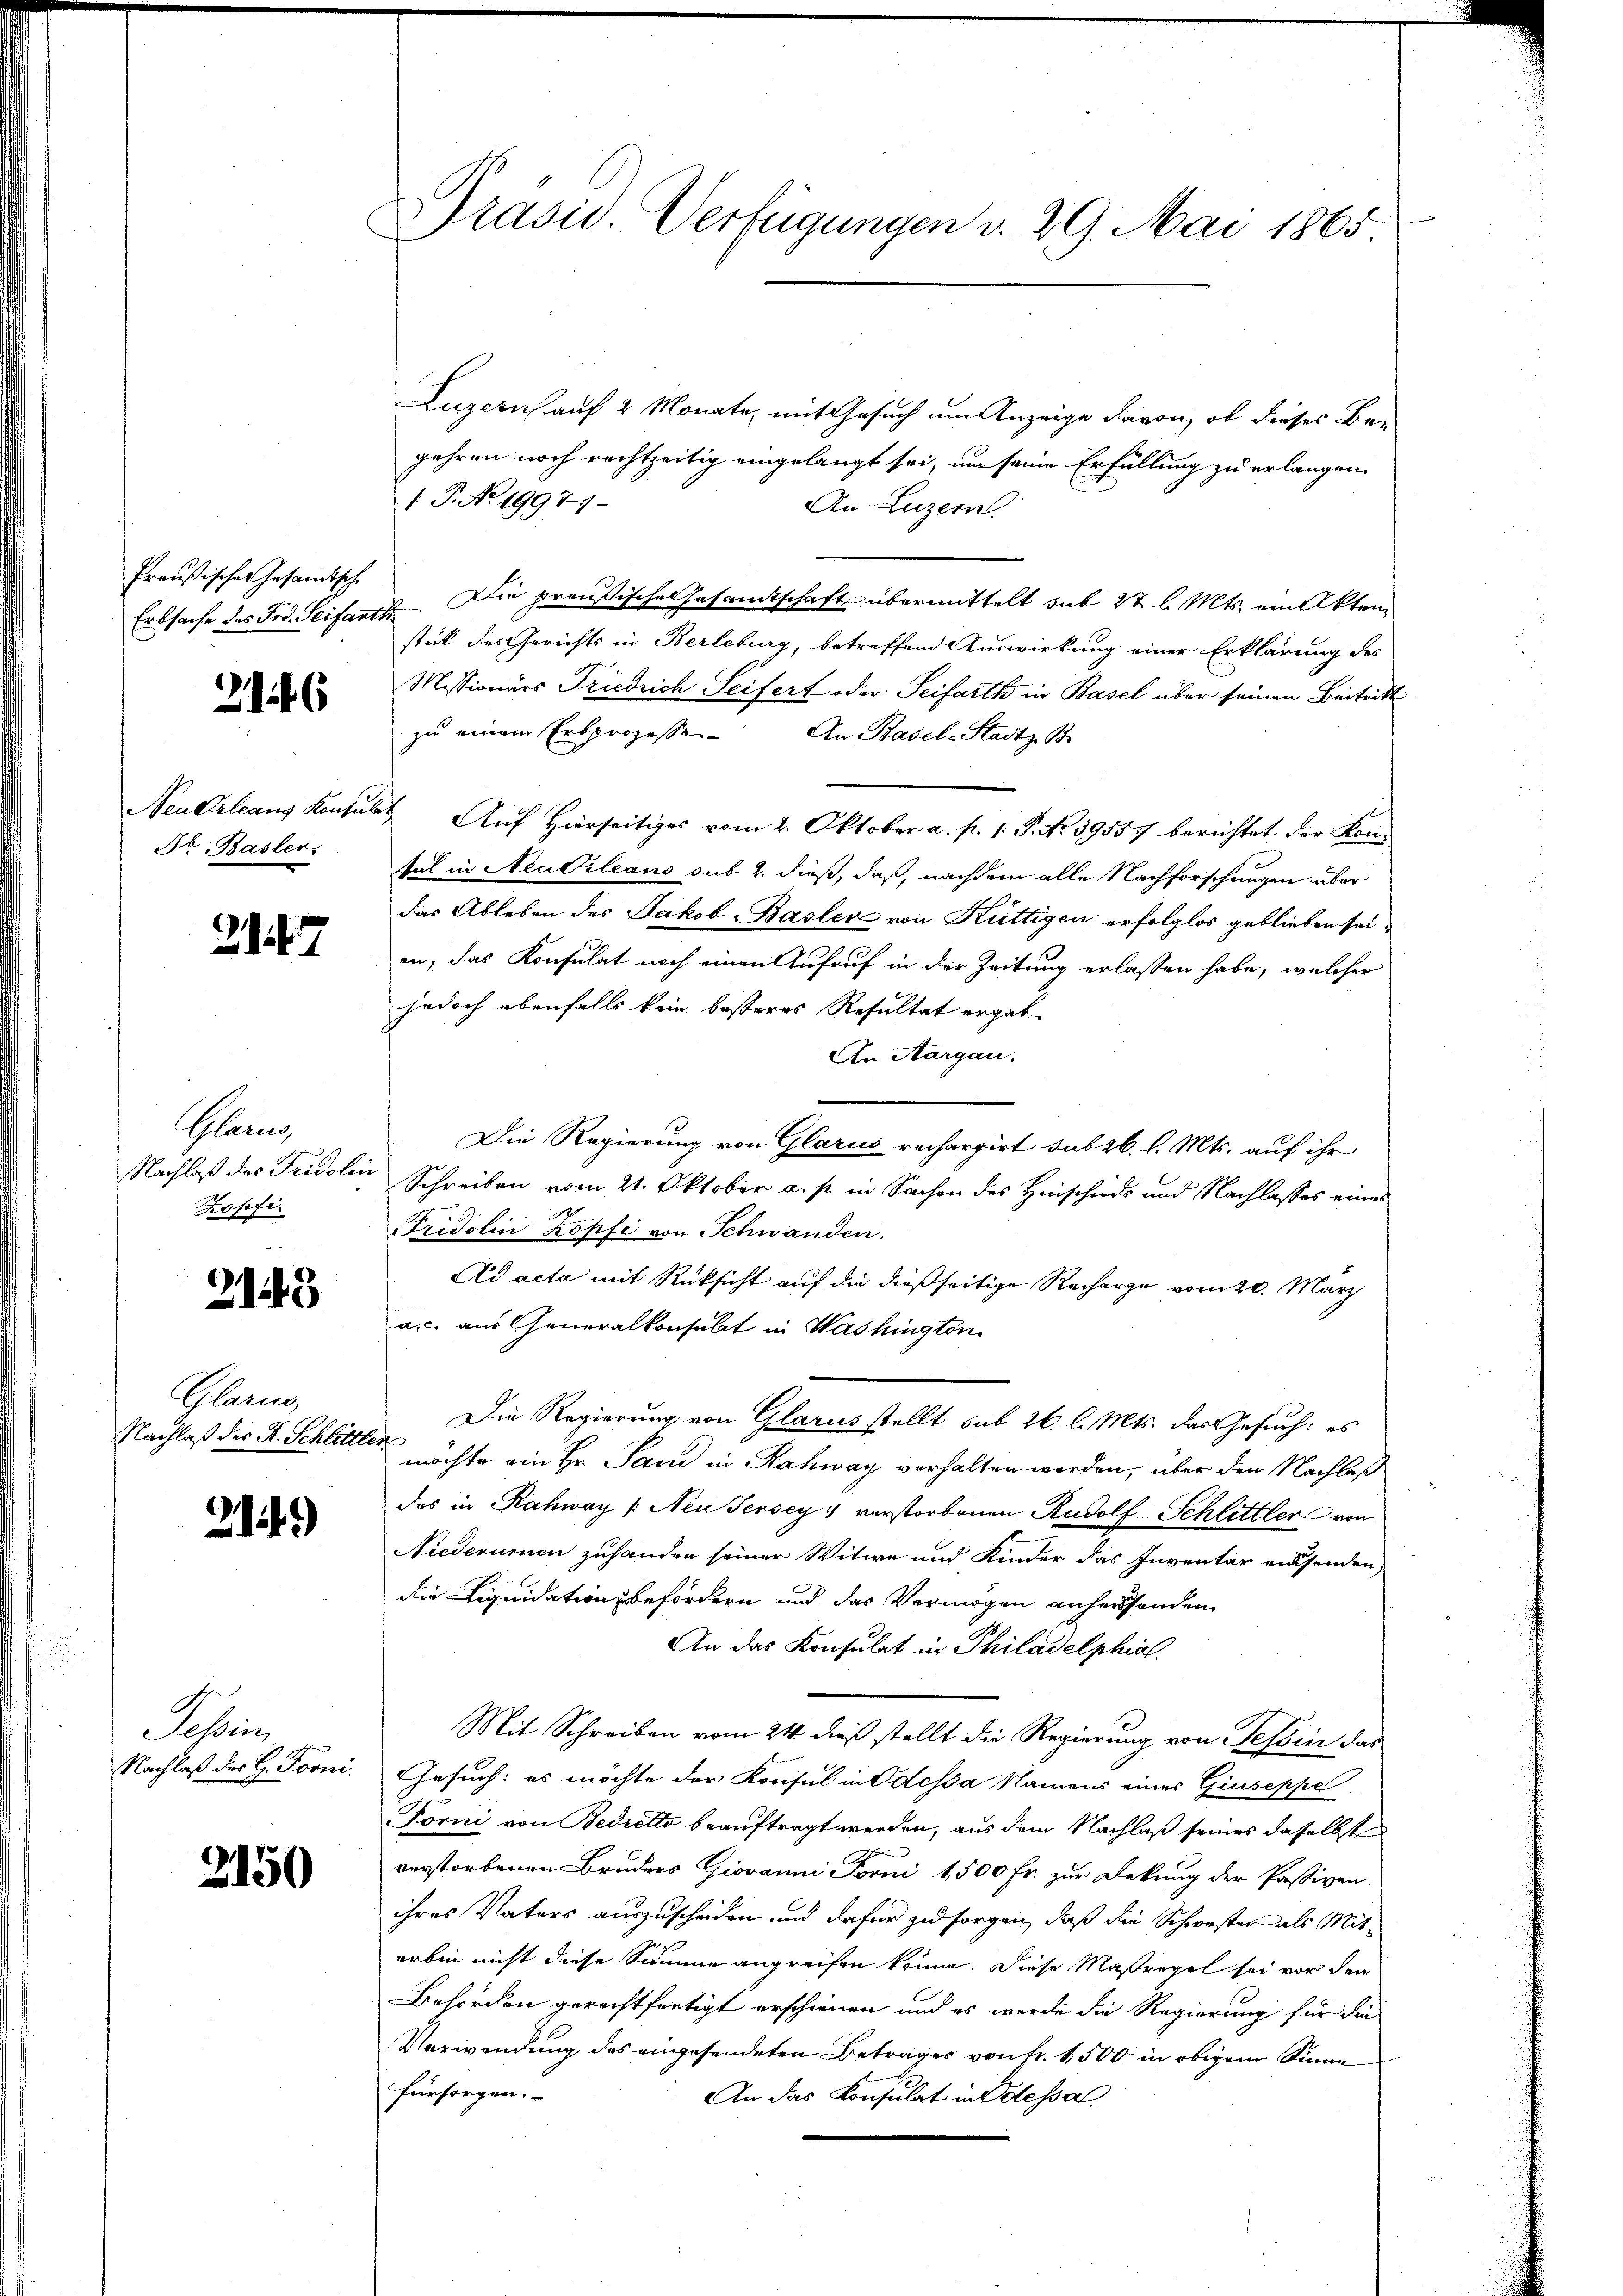
Preußisches Gesamtsche

2146

Neukrleans Konsu
Dr Baslers

2147

Mann
Nachlaß des Fridoli
Kopfi

2143

Glarus,
Nachlaß des R. Schlittler

2149)

Schein
Nachlaß der G. Forni¬

2150

Präsid. Verfügungen v. 29. Mai 1865

Luzern auf 2 Monate, mit Gesuch um Anzeige davon, ob dieses Be-
gehren noch rechtzeitig eingelangt sei, um seine Erfüllung zu erlangen,
1. P. No. 19979.
An Luzern.
Erbsache des Frd. Seifarth. Die preußische Gesandtschaft übermittelt sub 27 l. Mts. ein Akten
stick des Gerichts in Berleburg, betreffend Auswirkung einer Erklärung des
Missionärs Friedrich Seifert oder Seifarth in Basel über seinen Beitritt
zu einem Erbprozesse. An Basel-Stadtz Br
6t Auf Hierseitiges vom 2. Oktober a. p. 1. P. Nr. 39557 berichtet der Konsul in Neuvileano sub 2. dieß, daß, nachdem alle Nachforschungen über
das Ableben des Jakob Basler von Kuttigen erfolglos geblieben sei,
en, das Konsulat noch einen Aufruf in der Zeitung erlassen habe, welcher
jedoch ebenfalls kein besseres Resultat ergab
An Aargau.
Die Regierung von Glarus rechargirt subrb. l. Mts. auf ihr
u
Schreiben vom 21. Oktober a. p. in Sachen des Hinschiede und Nachlasses eines
Fridolin Kopfi von Schwanden.
Ad acta mit Rücksicht auf die dießseitige Recharge vom 20. März
ac. aus Generalkonsulat in Washington
Die Regierung von Glarus stellt sub 26. l. Mts. das Gesuch: es
möchte ein Hr. Jan in Rahway verhalten werden, über den Nachlaß
das in Rahway /: Neu Jersey verstorbenen Rudolf Schlittler von
Niederumen zuhanden seiner Witwe und Kinder das Inventar einsenden,
die Liquidation befördern und das Vermögen anherstanden
An das Konsulat in Philadelphial.
Mit Schreiben vom 24. dieß stellt die Regierung von Tessin das
Gesuch: es möchte der Konsul in dessa Namens einer Giuseppel
Forni von Bedretto beauftragt werden, aus dem Nachlaß seines daselbst
verstorbenen Bruders Giovanni Forni 1,500 Fr. zur Deckung der Passiven
ihres Vaters auszuscheiden und dafür zu sorgen, daß die Schwester als Miterbin nicht diese Summe angreifen könne. Diese Maßregel sei vor den
Behörden gerechtfertigt erschienen und es werde die Regierung für die
Verwendung des eingesendeten Betrages von Fr. 1,500 in obigem Sinne
fürsorgen.
An das Konsulat in Odessal